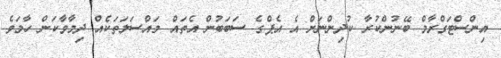
އިންސްޓަގްރާމް ބޭނުންކުރާ ކުދިންނަށް އެ އެޕްގެ ސަބަބުން އެތައް މައްސަލަތަކެއް ދިމާވާކަން ހާމަވެ